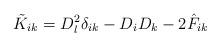
LaTeX: \begin{align*}\tilde{K}_{ik} = D^2_l \delta_{ik} - D_i D_k - 2 \hat{F}_{ik}\end{align*}